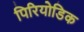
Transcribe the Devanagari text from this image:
पिरियोडिक